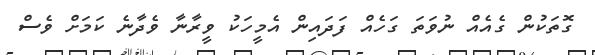
ގޮތަކުން ގެއެއް ނުވަތަ ގަހެއް ފަދައިން އެމީހަކު ވީރާނާ ވެދާނެ ކަމަށް ވެސް